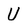
Character: U